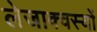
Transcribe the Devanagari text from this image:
लेजाक्वस्यों